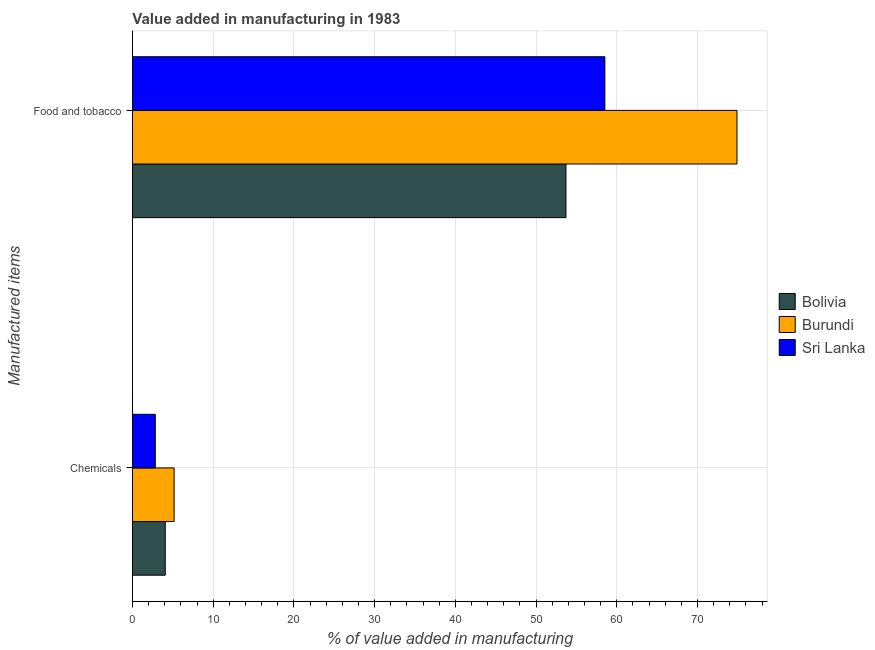
| Manufactured items | Bolivia | Burundi | Sri Lanka |
 | --- | --- | --- | --- |
 | Chemicals | 4.07 | 5.17 | 2.83 |
 | Food and tobacco | 53.7 | 74.9 | 58.5 |